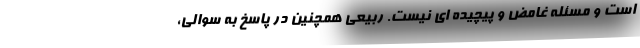
است و مسئله غامض و پیچیده ای نیست. ربیعی همچنین در پاسخ به سوالی،